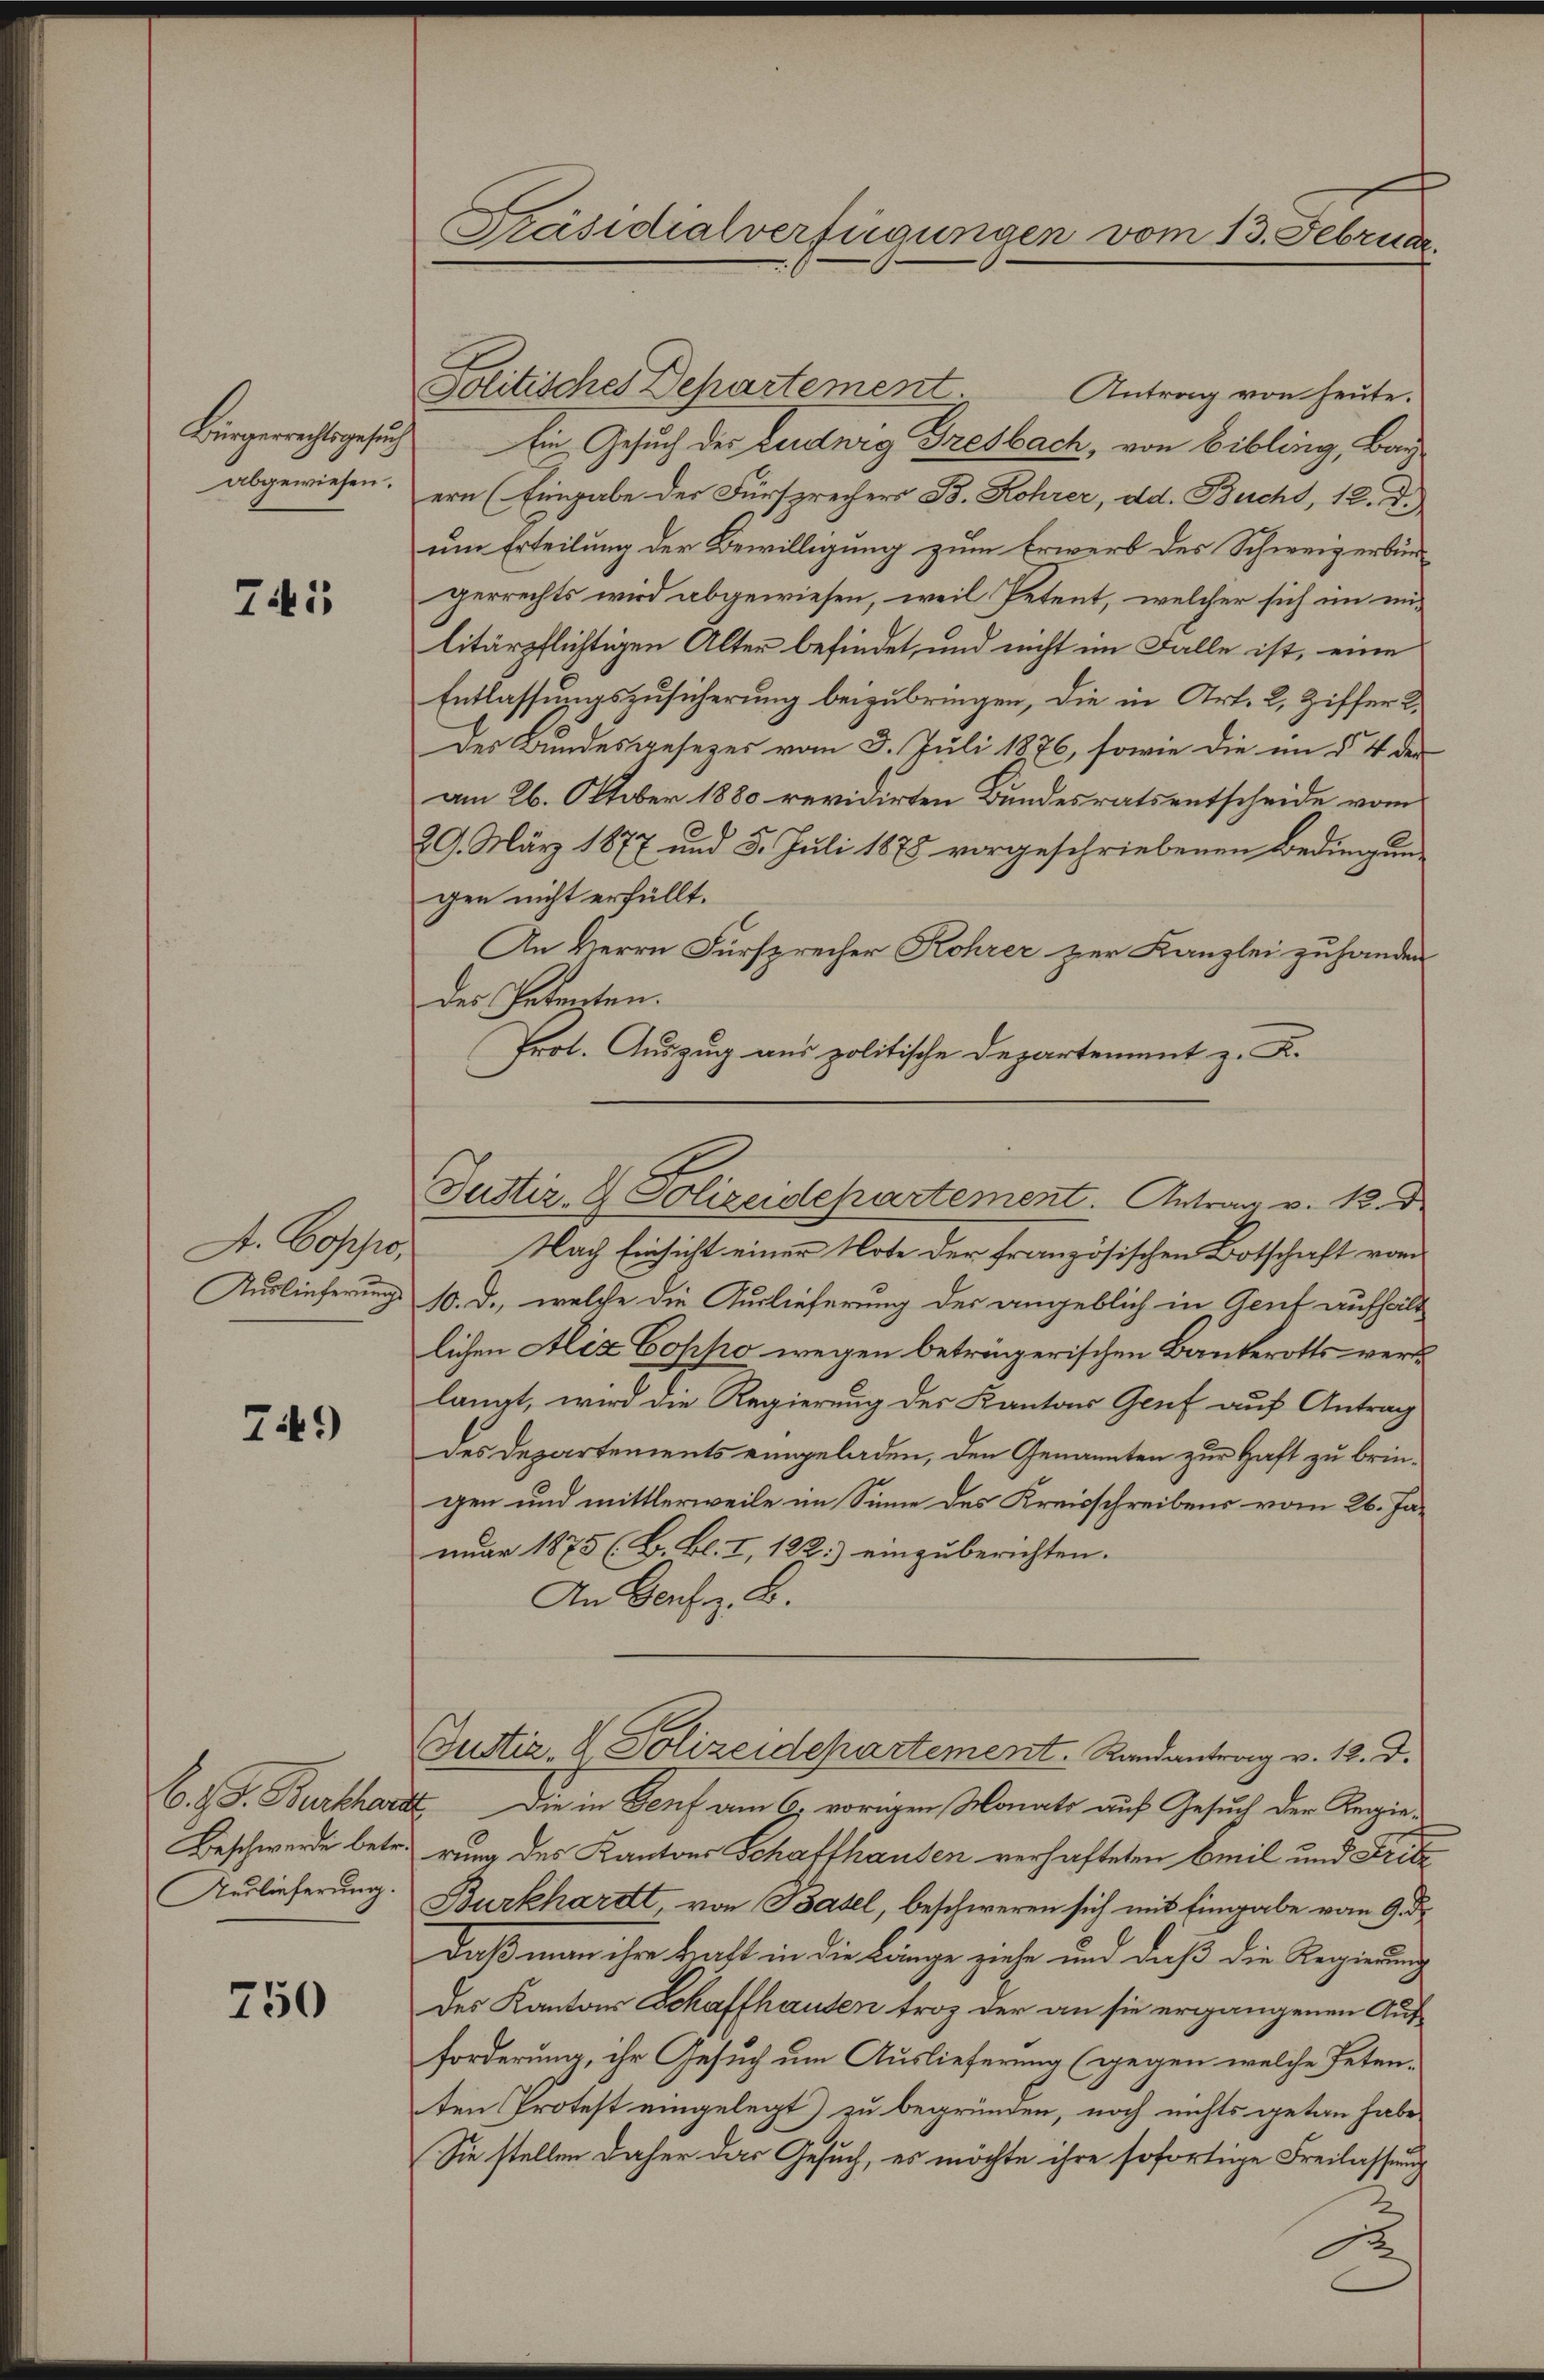
Bürgerrechtsgesuch
abgewiesen.

74

A. Coppos
Auslieferung.

749)

B. J. J. Burkhard
Beschwerde betr.
Auslieferung

750

Präsidialverfügungen vom 13. Februar.

Politisches Behartement
Antrag von heute.
Ein Gesuch des Ludwig Fresbach, von Bibling, Bar
ern (Eingabe der Fürsprechers B. Lohrer, dd. Bucht, 12. d.
um Erteilung der Bewilligung zum Erwerb des Schweizerbürgerrechts wird abgewiesen, weil Petent, welcher sich im militärpflichtigen Alter befindet, und nicht im Falle ist, eine
Entlassungszusicherung beizubringen, die in Art. 2, Ziffer 2.
Der Bundesgesezes vom 3. Juli 1876, sowie die im § 4 der
am 26. Oktober 1880 revidirten Bundesrats entscheide vom
29. März 1877 und 5. Juli 1878 vorgeschriebenen Bedingung
gen nicht erfüllt.
An Herrn Fürsprecher Kohrer zur Kanzlei zuhanden.
des Petenten.
Prot. Auszug aus politische Departement z. K.

Justiz- & Polizeidepartement. Antrag v. 13. d.

Justiz- & Polizeidepartement. Randantrag v. 12. d.

Nach Einsicht einer Note der französischen Botschaft vom
10. d., welche die Auslieferung des angeblich in Genf aufhält
lichen Aliz Coppo wegen beträgerischen Bänkerotts verlangt, wird die Regierung des Kantons Genf auf Antrag
des Departements eingeladen, den Genannten zur Haft zu bringen und mittlerweile im Sinne des Kreisschreibens vom 26. Ja
nr 1875 (B. Bl. I, 122.) einzuberichten.
An Genf z. B.
“. Die in Genf am 6. vorigen Monats auf Gesuch der Regierung des Kantons Schafthausen verhafteten Emil und Fritz
Burkhardt, von Basel, beschweren sich mit Eingabe vom 9. d.
daß man ihre Kraft in die Länge ziehe und daß die Regierung
Des Kantons Schaffhausen trotz der an sie ergangenen Auf-
forderung, ihr Gesuch um Auslieferung (gegen welche Peten-
ten Protest eingelegt) zu begründen, noch nichts getan habe
Sie stellen daher das Gesuch, es möchte ihre sofortige Freilassung